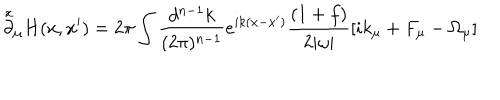
LaTeX: \stackrel { x } { \partial } _ { \mu } H ( x , x ^ { \prime } ) = 2 \pi \int \frac { d ^ { n - 1 } k } { ( 2 \pi ) ^ { n - 1 } } e ^ { i k ( x - x ^ { \prime } ) } \frac { ( 1 + f ) } { 2 | \omega | } \lbrack i k _ { \mu } + F _ { \mu } - \Omega _ { \mu } \rbrack